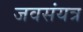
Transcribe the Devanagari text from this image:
जवसंयत्र